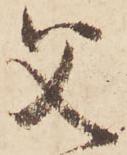
父